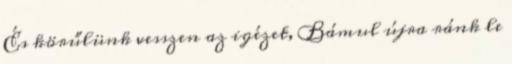
És körűlünk vesszen az igézet, Bámul újra ránk le